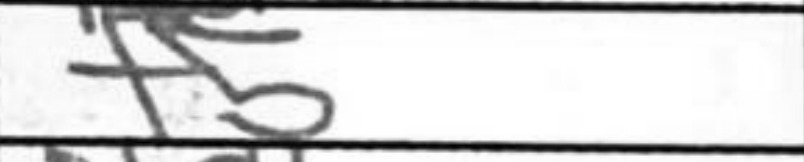
Transcription: f5